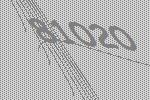
81020